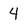
Character: 4